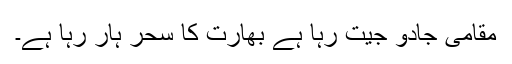
مقامی جادو جیت رہا ہے بھارت کا سحر ہار رہا ہے۔